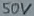
Text: 50V